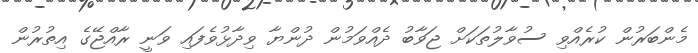
މެންބަރުން ކުރެއްވި ސުވާލުތަކަށް ޖަވާބު ދެއްވަމުން ދުންޔާ ވިދާޅުވެފައި ވަނީ ރާއްޖޭގެ އިތުރުން